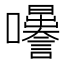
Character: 𡅜